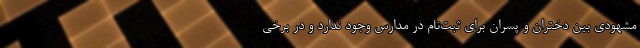
مشهودی بین دختران و پسران برای ثبت‌نام در مدارس وجود ندارد و در برخی